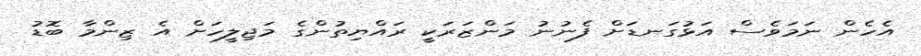
އެހެން ނަމަވެސް އަޅުގަނޑަށް ފެނުނު މަންޒަރަކީ ރައްޔިތުންގެ މަޖިލީހަށް އެ ޒިންމާ ބޮޑު